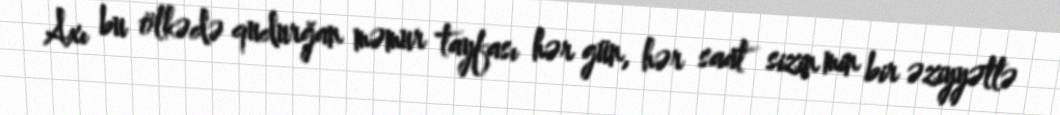
Axı bu ölkədə qudurğan məmur tayfası hər gün, hər saat sizin min bir əziyyətlə